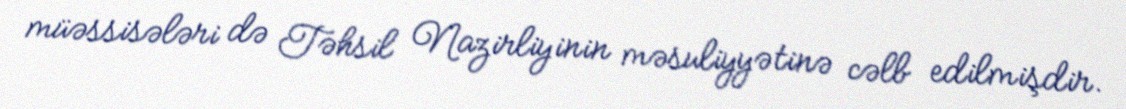
müəssisələri də Təhsil Nazirliyinin məsuliyyətinə cəlb edilmişdir.